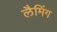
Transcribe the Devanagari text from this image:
लैमिंग